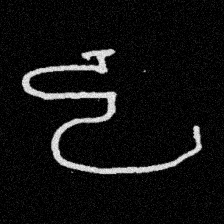
Pyu character \u2014 Myanmar letter: ဠ (romanized: lla)